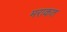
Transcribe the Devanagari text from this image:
मराकत